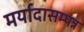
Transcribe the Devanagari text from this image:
मर्यादासम्पन्न